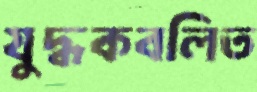
যুদ্ধকবলিত